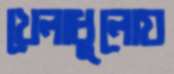
খেলাধুলোয়